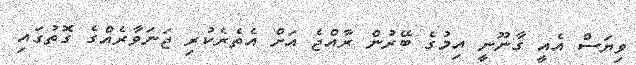
ވިޔަސް އެއީ ގާނޫނީ އިމުގެ ބޭރުން ރާއްޖެ އަށް އެތެރެކުރި ޖަނަވާރެއްގެ ގޮތުގައި